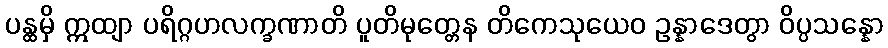
ပန္ထမှိ ဣထျာ ပရိဂ္ဂဟလက္ခဏာတိ ပူတိမုတ္တေန တိကေသုယေဝ ဥန္နာဒေတွာ ဝိပ္ပသန္နော